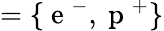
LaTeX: =\lbrace\mathrm{~e~}^{-},\mathrm{~p~}^{+}\rbrace